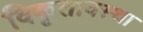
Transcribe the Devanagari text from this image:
विकृतावस्था